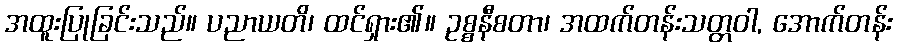
အထူးပြုခြင်းသည်။ ပညာယတိ၊ ထင်ရှား၏။ ဥစ္စနီစတာ၊ အထက်တန်းသတ္တဝါ, အောက်တန်း